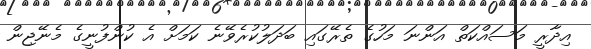
އިދާރީ މަސައްކަތް އަންނަ މަހުގެ ތެރޭގައި ބަދަލުކުރެވޭނެ ކަމަށް އެ ކުންފުނީގެ މެނޭޖިން